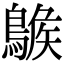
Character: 𪂷